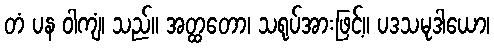
တံ ပန ဝါကျံ၊ သည်။ အတ္ထတော၊ သရုပ်အားဖြင့်။ ပဒသမုဒါယော၊